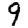
Digit: 9